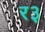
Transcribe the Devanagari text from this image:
र३